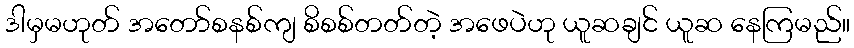
ဒါမှမဟုတ် အတော်စနစ်ကျ စိစစ်တတ်တဲ့ အဖေပဲဟု ယူဆချင် ယူဆ နေကြမည်။